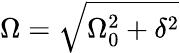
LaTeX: \Omega=\sqrt{\Omega_{0}^{2}+\delta^{2}}